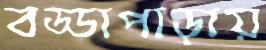
বড্ডাপাড়ায়